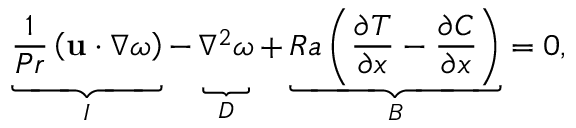
\underbrace { \vphantom { \left( \frac { \partial \Theta } { \partial x } \right) } \frac { 1 } { P r } \left( \mathbf { u } \cdot \nabla \omega \right) } _ { I } - \underbrace { \vphantom { \left( \frac { \partial \Theta } { \partial x } \right) } \nabla ^ { 2 } \omega } _ { D } + \underbrace { R a \left( \frac { \partial T } { \partial x } - \frac { \partial C } { \partial x } \right) } _ { B } = 0 ,